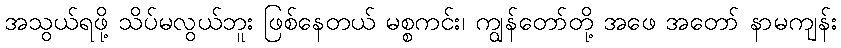
အသွယ်ရဖို့ သိပ်မလွယ်ဘူး ဖြစ်နေတယ် မစ္စကင်း၊ ကျွန်တော်တို့ အဖေ အတော် နာမကျန်း